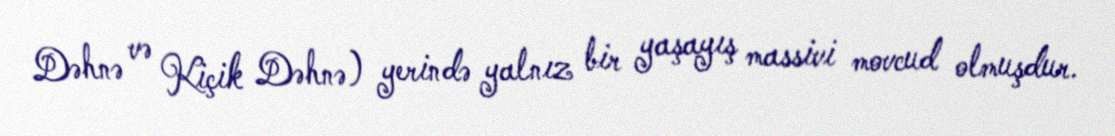
Dəhnə və Kiçik Dəhnə) yerində yalnız bir yaşayış massivi movcud olmuşdur.